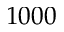
1 0 0 0